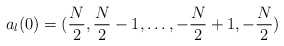
\begin{align*}a_l(0) = ({N \over 2}, {N \over 2} - 1, \dots , -{N \over 2} + 1, - {N \over 2} )\end{align*}